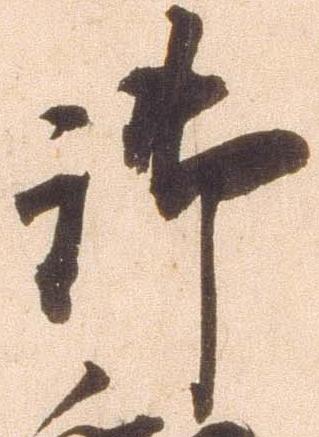
御